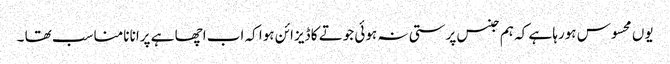
یوں محسوس ہورہا ہے کہ ہم جنس پرستی نہ ہوئی جوتے کا ڈیزائن ہوا کہ اب اچھا ہے پرانا نامناسب تھا ۔